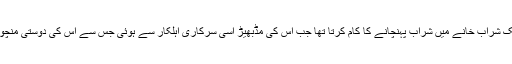
وہ اساکوسا کے ایک شراب خانے میں شراب پہنچانے کا کام کرتا تھا جب اس کی مڈبھیڑ اسی سرکاری اہلکار سے ہوئی جس سے اس کی دوستی منچوریا میں ہوئی تھی۔